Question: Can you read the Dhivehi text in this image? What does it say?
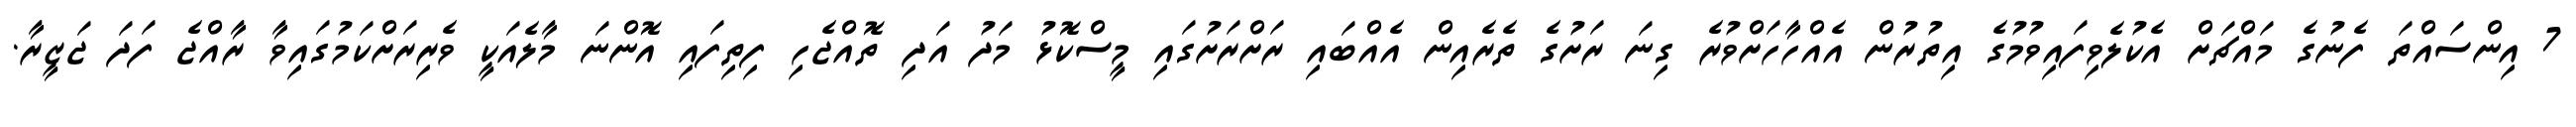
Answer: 7 އިންސައްތަ ފެނުގެ މައްޗަށް އެކުލެވިފައިވުމުގެ އިތުރުން އެއްހާހަށްވުރެ ގިނަ ރަށުގެ ތެރެއިން އެއްބައި ރަށްރަށުގައި މީސްކޮޅު މަދު އަދި ތޮއްޖެހި ފިތިފައި އޮންނަ މާލެއަކީ ވެރިރަށްކަމުގައިވާ ރާއްޖެ ފަދަ ޖަޒީރާ.